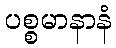
ပစ္စမာနာနံ